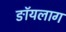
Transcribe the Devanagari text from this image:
ङॉयलाग